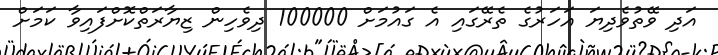
އަދި ވޭތުވެދިޔަ އަހަރުގެ ތެރޭގައި އެ ގައުމަށް 100000 ދިވެހިން ޒިޔާރަތްކޮށްފައިވާ ކަމަށް